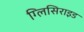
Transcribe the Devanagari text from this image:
ग्लिसिराइड